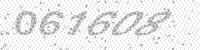
Solution: 061608